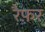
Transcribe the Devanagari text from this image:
रैफ़र